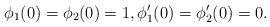
LaTeX: \begin{align*} \phi_1(0)=\phi_2(0)=1, \phi_1'(0)=\phi_2'(0)=0. \end{align*}